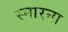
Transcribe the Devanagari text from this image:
स्मारना